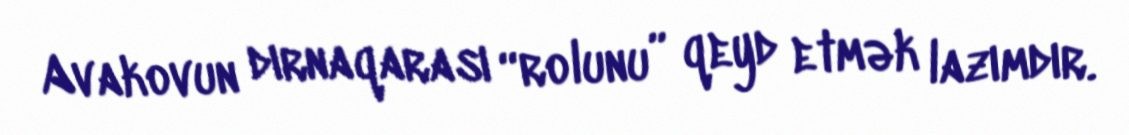
Avakovun dırnaqarası “rolunu” qeyd etmək lazımdır.